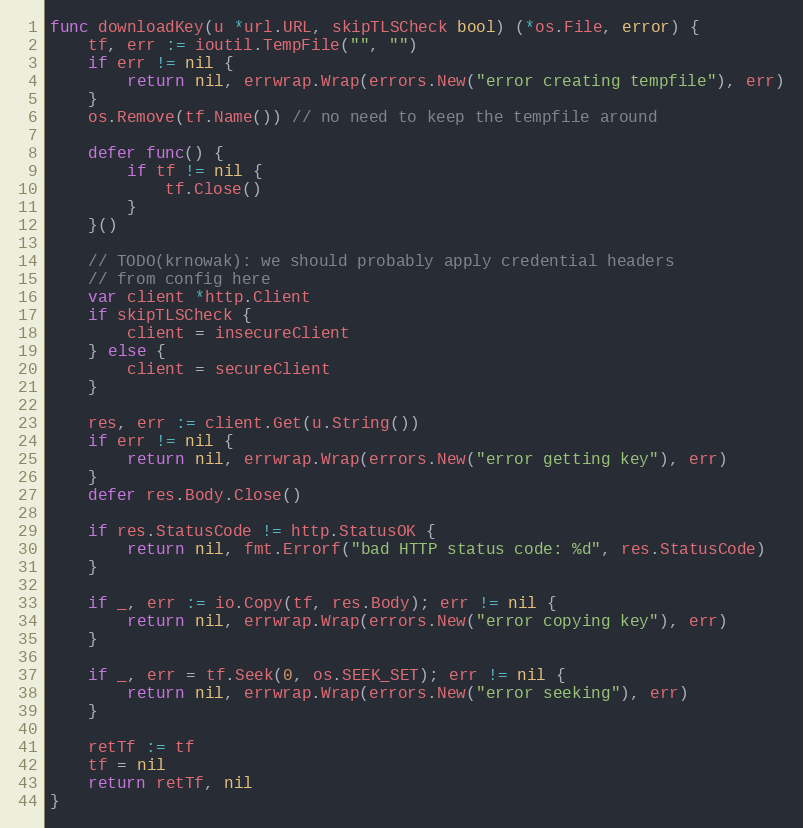
Language: Go
func downloadKey(u *url.URL, skipTLSCheck bool) (*os.File, error) {
	tf, err := ioutil.TempFile("", "")
	if err != nil {
		return nil, errwrap.Wrap(errors.New("error creating tempfile"), err)
	}
	os.Remove(tf.Name()) // no need to keep the tempfile around

	defer func() {
		if tf != nil {
			tf.Close()
		}
	}()

	// TODO(krnowak): we should probably apply credential headers
	// from config here
	var client *http.Client
	if skipTLSCheck {
		client = insecureClient
	} else {
		client = secureClient
	}

	res, err := client.Get(u.String())
	if err != nil {
		return nil, errwrap.Wrap(errors.New("error getting key"), err)
	}
	defer res.Body.Close()

	if res.StatusCode != http.StatusOK {
		return nil, fmt.Errorf("bad HTTP status code: %d", res.StatusCode)
	}

	if _, err := io.Copy(tf, res.Body); err != nil {
		return nil, errwrap.Wrap(errors.New("error copying key"), err)
	}

	if _, err = tf.Seek(0, os.SEEK_SET); err != nil {
		return nil, errwrap.Wrap(errors.New("error seeking"), err)
	}

	retTf := tf
	tf = nil
	return retTf, nil
}